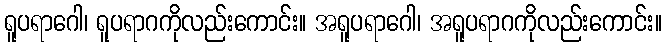
ရူပရာဂေါ၊ ရူပရာဂကိုလည်းကောင်း။ အရူပရာဂေါ၊ အရူပရာဂကိုလည်းကောင်း။